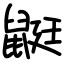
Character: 鼮